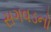
સગવડનો